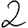
Digit: 2